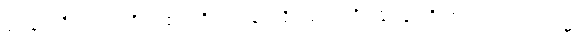
ရုပ်နာမ်ရှိသော ပုဂ္ဂိုလ်၏။ ဝိပဿနာပရိဝါသေ၊ ဝိပဿနာကို ကျင့်သုံးရာအခါ၌။